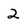
Character: 2